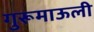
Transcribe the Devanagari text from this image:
गुरूमाऊली